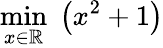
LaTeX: \operatorname*{min}_{x\in\mathbb{R}}\; \left(x^{2}+1\right)